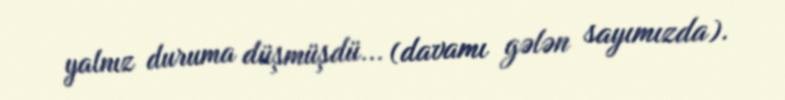
yalnız duruma düşmüşdü... (davamı gələn sayımızda).